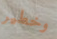
وخطير